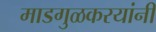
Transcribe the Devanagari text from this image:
माडगुळकरयांनी